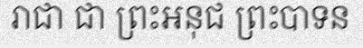
រាជា ជា ព្រះអនុជ ព្រះបាទន